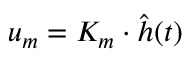
u _ { m } = K _ { m } \cdot \hat { h } ( t )